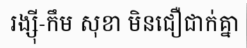
រង្ស៊ី-កឹម សុខា មិនជឿជាក់គ្នា